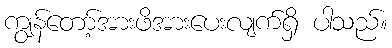
ကျွန်တော့်အားဖိအားပေးလျက်ရှိ ပါသည်။